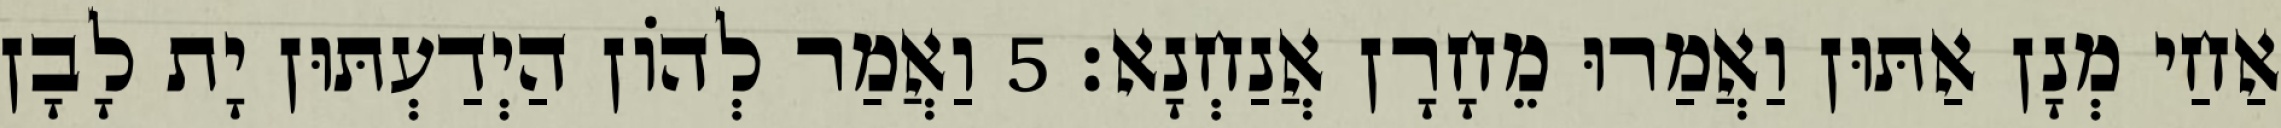
אַחַי מְנָן אַתּוּן וַאֲמַרוּ מֵחָרָן אֲנַחְנָא׃ 5 וַאֲמַר לְהוֹן הַיְדַעְתּוּן יָת לָבָן